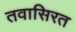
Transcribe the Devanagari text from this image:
तवासिरत